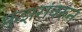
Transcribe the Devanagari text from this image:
क्रुझरांवरुन